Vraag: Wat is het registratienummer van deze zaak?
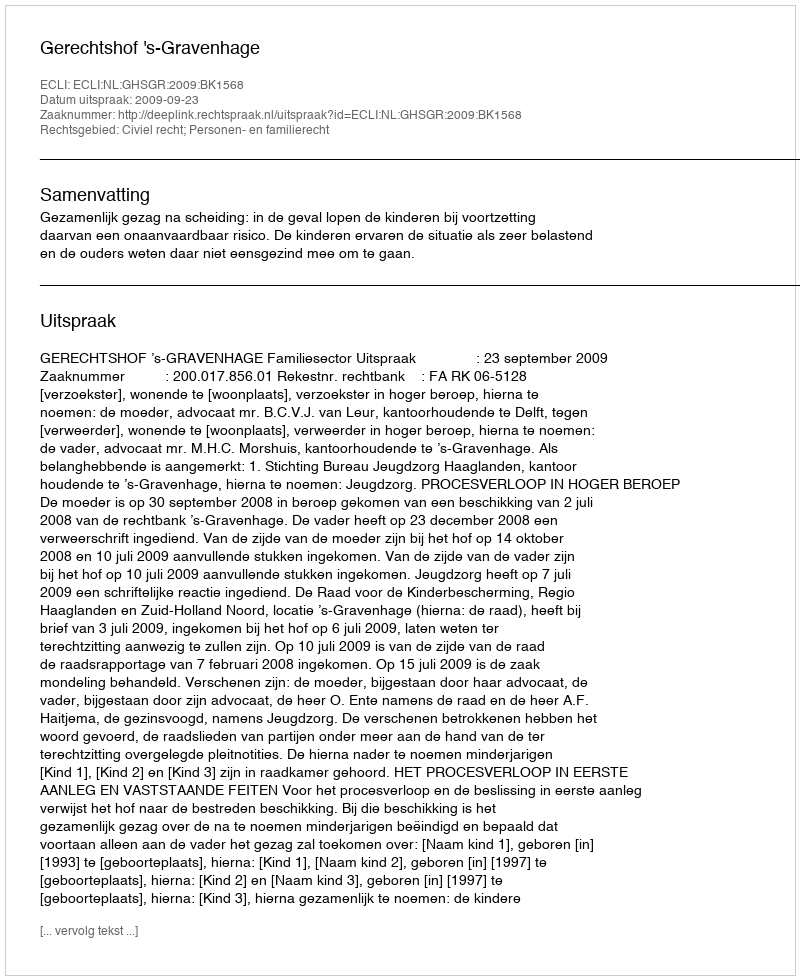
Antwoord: http://deeplink.rechtspraak.nl/uitspraak?id=ECLI:NL:GHSGR:2009:BK1568